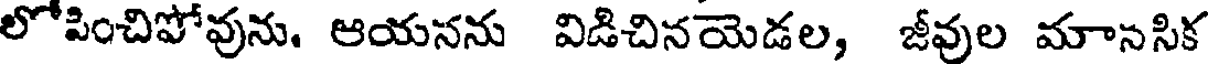
లోపించిపోవును. ఆయనను విడిచినయెడల, జీవుల మానసిక